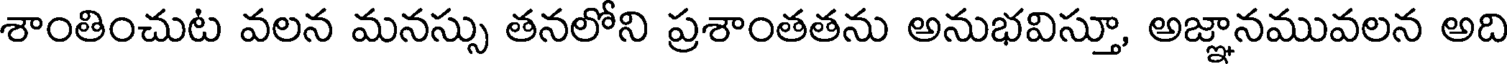
శాంతించుట వలన మనస్సు తనలోని ప్రశాంతతను అనుభవిస్తూ, అజ్ఞానమువలన అది